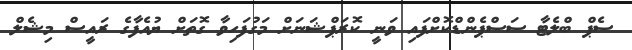
ސެޕް ބްލެޓާ ސަސްޕެންޑްކޮށްފައި ވަނީ ކޮރަޕްޝަނަށް މަގުފަހިވާ ގޮތަށް ޔުއެފާގެ ރައީސް މިޝެލް